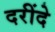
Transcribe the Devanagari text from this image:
दरींदे